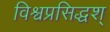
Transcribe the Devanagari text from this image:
विश्वप्रसिद्धश्